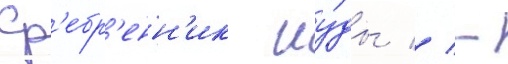
Ср'ебр'енн'ик иу́ды // -